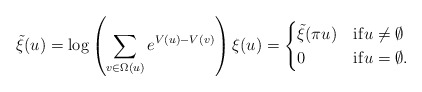
\begin{align*} \tilde{\xi}(u) = \log \left(\sum_{v \in \Omega(u)} e^{V(u)-V(v)}\right) \xi(u) = \begin{cases} \tilde{\xi}(\pi u) & \mathrm{if} u \neq \emptyset\\ 0 &\mathrm{if} u = \emptyset.\end{cases}\end{align*}